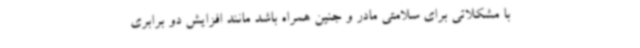
با مشکلاتی برای سلامتی مادر و جنین همراه باشد مانند افزایش دو برابری